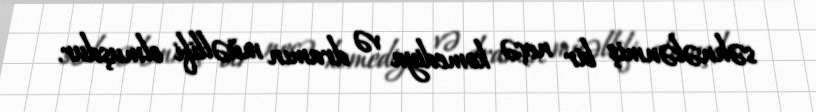
səhnələnmiş bir neçə komediya və dramın müəllifi olmuşdur.